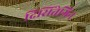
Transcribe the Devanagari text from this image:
दिसिंतेग्रिन